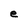
Character: e